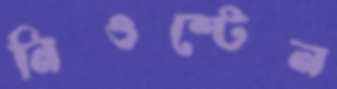
নিওস্টেন